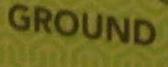
ground